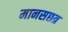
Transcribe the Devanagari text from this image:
मानसछत्र